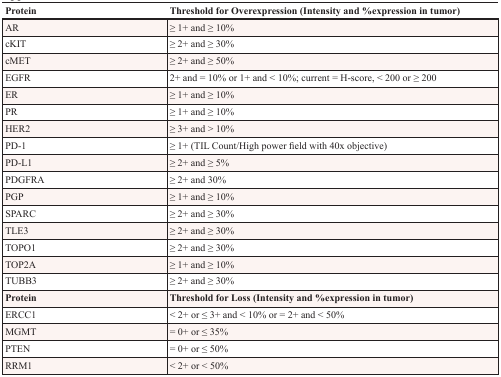
| Protein | Threshold for Overexpression (Intensity and %expression in tumor) |
 | --- | --- |
 | AR | ≥ 1+ and ≥ 10% |
 | cKIT | ≥ 2+ and ≥ 30% |
 | cMET | ≥ 2+ and ≥ 50% |
 | EGFR | 2+ and = 10% or 1+ and < 10%; current = H-score, < 200 or ≥ 200 |
 | ER | ≥ 1+ and ≥ 10% |
 | PR | ≥ 1+ and ≥ 10% |
 | HER2 | ≥ 3+ and > 10% |
 | PD-1 | ≥ 1+ (TIL Count/High power field with 40x objective) |
 | PD-L1 | ≥ 2+ and ≥ 5% |
 | PDGFRA | ≥ 2+ and 30% |
 | PGP | ≥ 1+ and ≥ 10% |
 | SPARC | ≥ 2+ and ≥ 30% |
 | TLE3 | ≥ 2+ and ≥ 30% |
 | TOPO1 | ≥ 2+ and ≥ 30% |
 | TOP2A | ≥ 1+ and ≥ 10% |
 | TUBB3 | ≥ 2+ and ≥ 30% |
 | Protein | Threshold for Loss (Intensity and %expression in tumor) |
 | ERCC1 | < 2+ or ≤ 3+ and < 10% or = 2+ and < 50% |
 | MGMT | = 0+ or ≤ 35% |
 | PTEN | = 0+ or ≤ 50% |
 | RRM1 | < 2+ or < 50% |